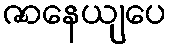
ဇာနေယျပေ